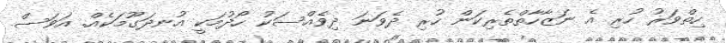
ހިތްވަރު ހުރި އެ ނަޒާހާތްތެރިކަން ހުރި ދެވަނަ ދިވެއްސަކު ހޯދުމަކީ އުނދަގޫމަކެއް. އަވަސް